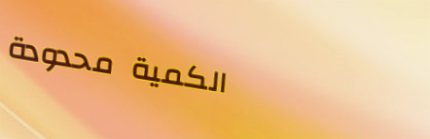
الكمية محدودة